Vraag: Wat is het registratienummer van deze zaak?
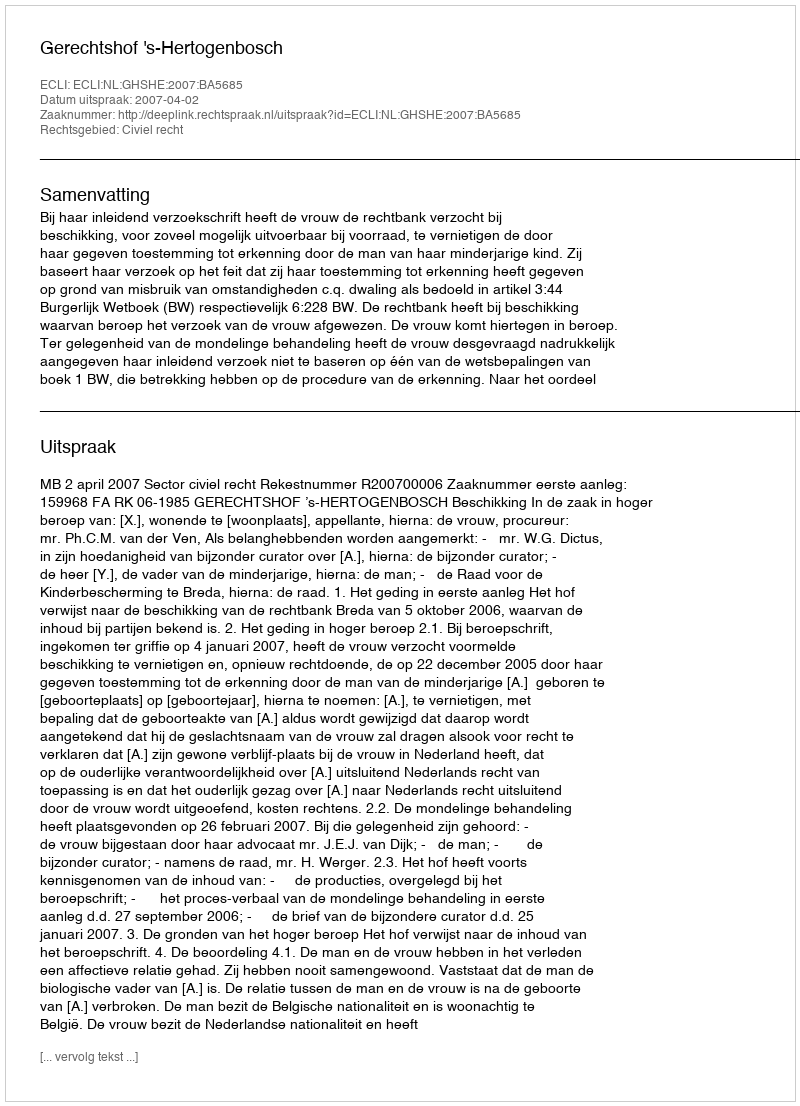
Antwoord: http://deeplink.rechtspraak.nl/uitspraak?id=ECLI:NL:GHSHE:2007:BA5685